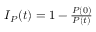
\begin{array} { r } { I _ { P } ( t ) = 1 - \frac { P ( 0 ) } { P ( t ) } } \end{array}